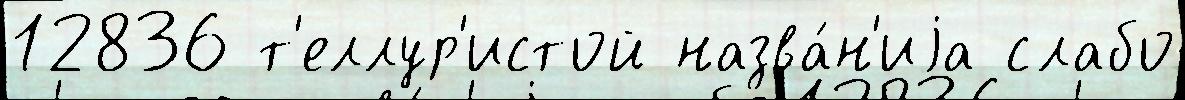
12836 т'еллур'истой назва́н'иjа слабо